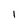
Character: 1